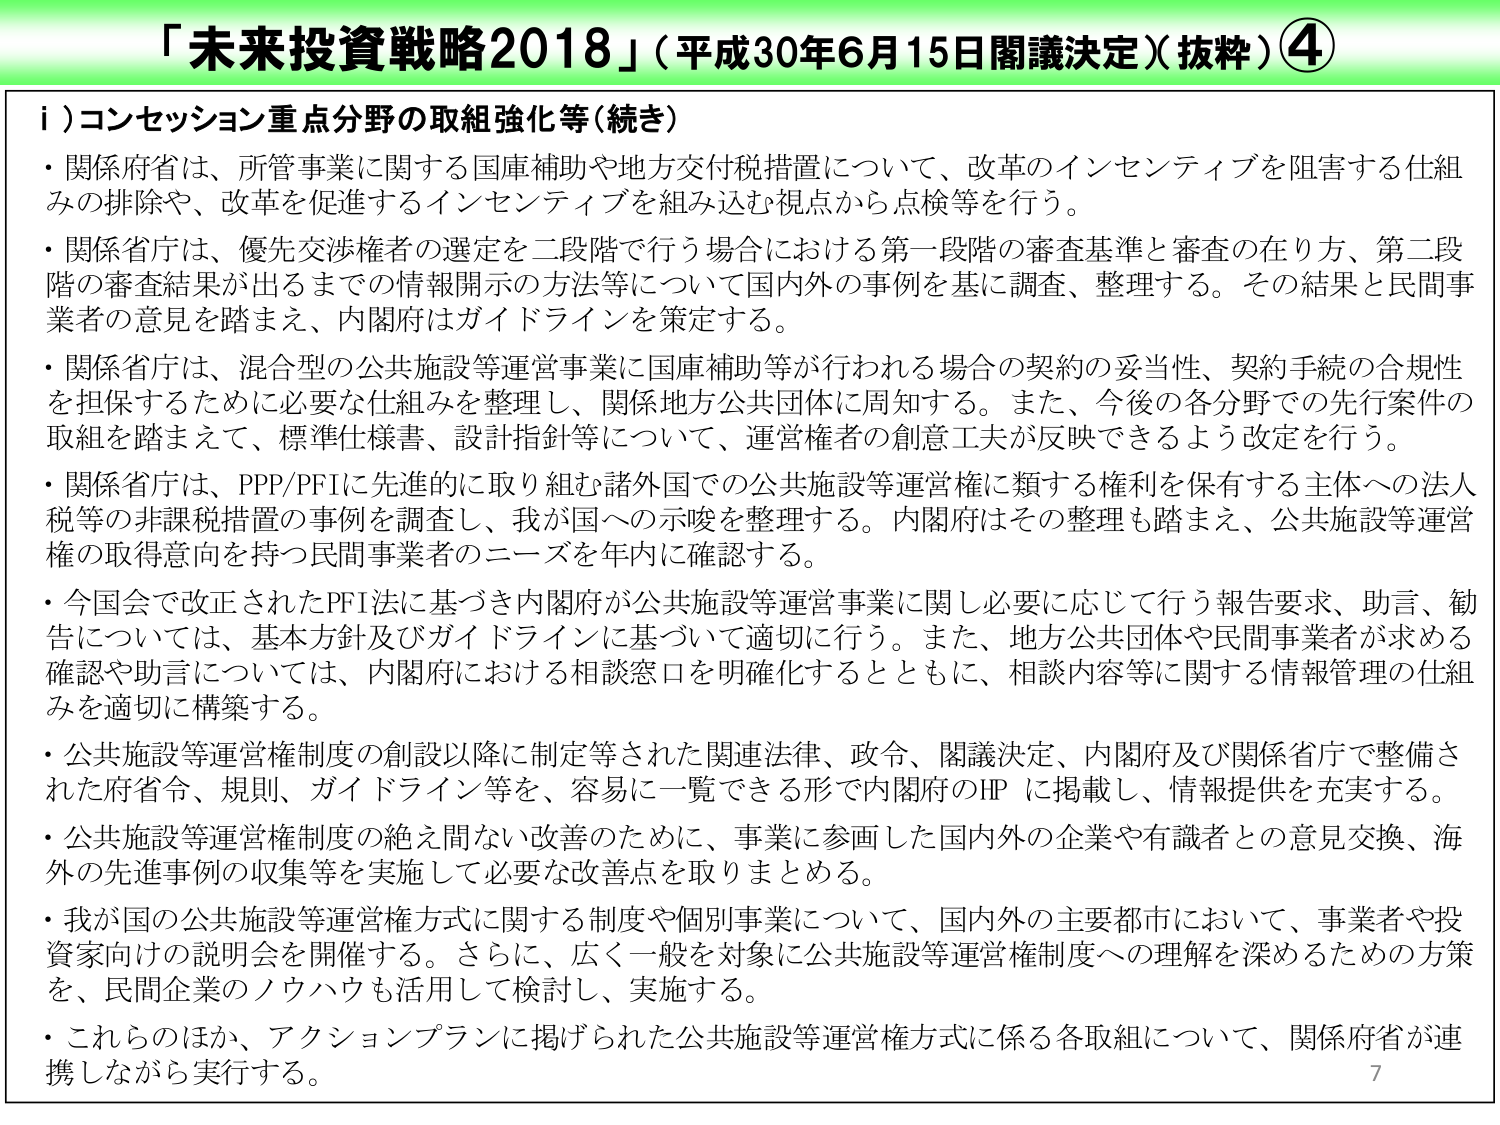
「未来投資戦略2018」（平成30年6月15日閣議決定）（抜粋）④

ⅰ）コンセッション重点分野の取組強化等（続き）

・関係府省は、所管事業に関する国庫補助や地方交付税措置について、改革のインセンティブを阻害する仕組みの排除や、改革を促進するインセンティブを組み込む視点から点検等を行う。

・関係省庁は、優先交渉権者の選定を二段階で行う場合における第一段階の審査基準と審査の在り方、第二段階の審査結果が出るまでの情報開示の方法等について国内外の事例を基に調査、整理する。その結果と民間事業者の意見を踏まえ、内閣府はガイドラインを策定する。

・関係省庁は、混合型の公共施設等運営事業に国庫補助等が行われる場合の契約の妥当性、契約手続の合規性を担保するために必要な仕組みを整理し、関係地方公共団体に周知する。また、今後の各分野での先行案件の取組を踏まえて、標準仕様書、設計指針等について、運営権者の創意工夫が反映できるよう改定を行う。

・関係省庁は、PPP/PFIに先進的に取り組む諸外国での公共施設等運営権に類する権利を保有する主体への法人税等の非課税措置の事例を調査し、我が国への示唆を整理する。内閣府はその整理も踏まえ、公共施設等運営権の取得意向を持つ民間事業者のニーズを年内に確認する。

・今国会で改正されたPFI法に基づき内閣府が公共施設等運営事業に関し必要に応じて行う報告要求、助言、勧告については、基本方針及びガイドラインに基づいて適切に行う。また、地方公共団体や民間事業者が求める確認や助言については、内閣府における相談窓口を明確化するとともに、相談内容等に関する情報管理の仕組みを適切に構築する。

・公共施設等運営権制度の創設以降に制定等された関連法律、政令、閣議決定、内閣府及び関係省庁で整備された府省令、規則、ガイドライン等を、容易に一覧できる形で内閣府のHPに掲載し、情報提供を充実する。

・公共施設等運営権制度の絶え間ない改善のために、事業に参画した国内外の企業や有識者との意見交換、海外の先進事例の収集等を実施して必要な改善点を取りまとめる。

・我が国の公共施設等運営権方式に関する制度や個別事業について、国内外の主要都市において、事業者や投資家向けの説明会を開催する。さらに、広く一般を対象に公共施設等運営権制度への理解を深めるための方策を、民間企業のノウハウも活用して検討し、実施する。

・これらのはか、アクションプランに掲げられた公共施設等運営権方式に係る各取組について、関係府省が連携しながら実行する。

7